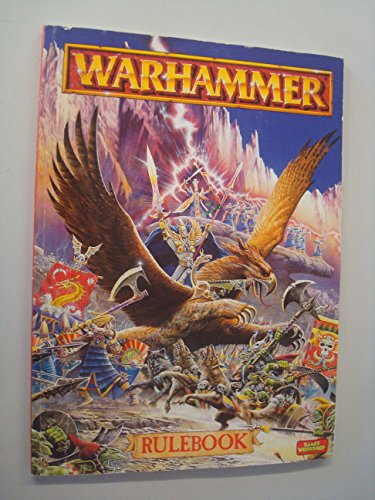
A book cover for Warhammer Rulebook 1996; Rick Priestley; Science Fiction & Fantasy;